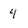
Character: 4